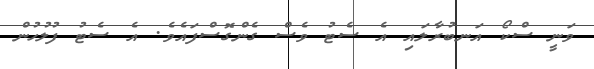
ވަނީ ސްކޯ އަނބުރާލައި އެ ސެޓު ވެސް ގެންގޮސްފައެވެ. އެ ސެޓު ފުލުހުން